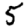
Digit: 5